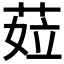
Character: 𦲨